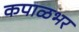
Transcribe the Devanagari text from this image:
कपाळभर